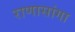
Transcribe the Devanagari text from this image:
राणासांगा